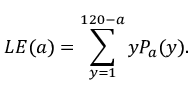
L E ( a ) = \sum _ { y = 1 } ^ { 1 2 0 - a } y P _ { a } ( y ) .